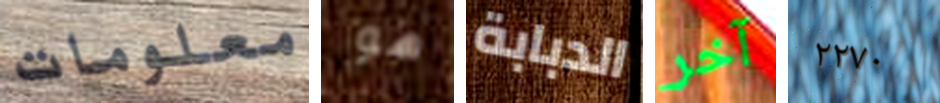
معلومات هو الدبابة آخر ٢٢٧٠